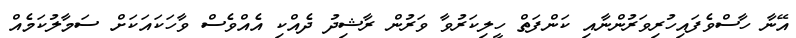
އޭނާ ހާސްވެފައިހުރިވަރުންނާއި ކަންފަތް ހީލިކަރުވާ ވަރުން ރާޝިދު ދެއްކި އެއްވެސް ވާހަކައަކަށް ސަމާލުކަމެއް